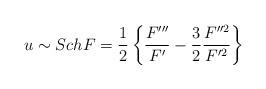
LaTeX: \begin{align*}u \sim Sch F = {1 \over 2}\left\{ {F''' \over F'} - {3 \over 2}{F''^2 \over F'^2}\right\}\end{align*}